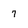
Character: 7